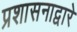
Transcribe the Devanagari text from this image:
प्रशासनाद्वारे